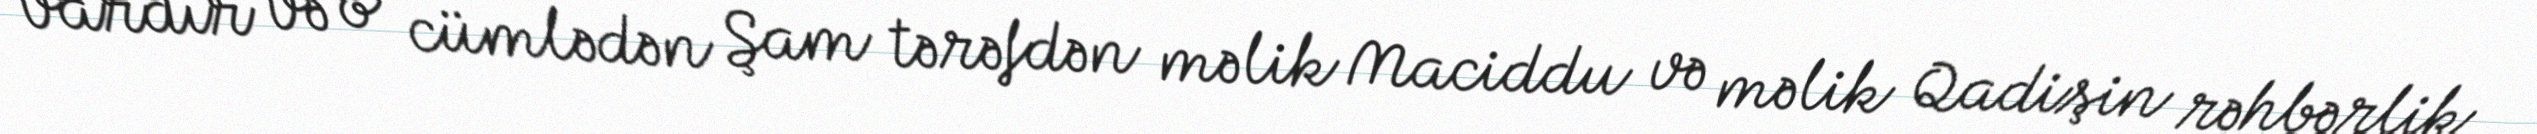
vardır və o cümlədən Şam tərəfdən məlik Maciddu və məlik Qadişin rəhbərlik